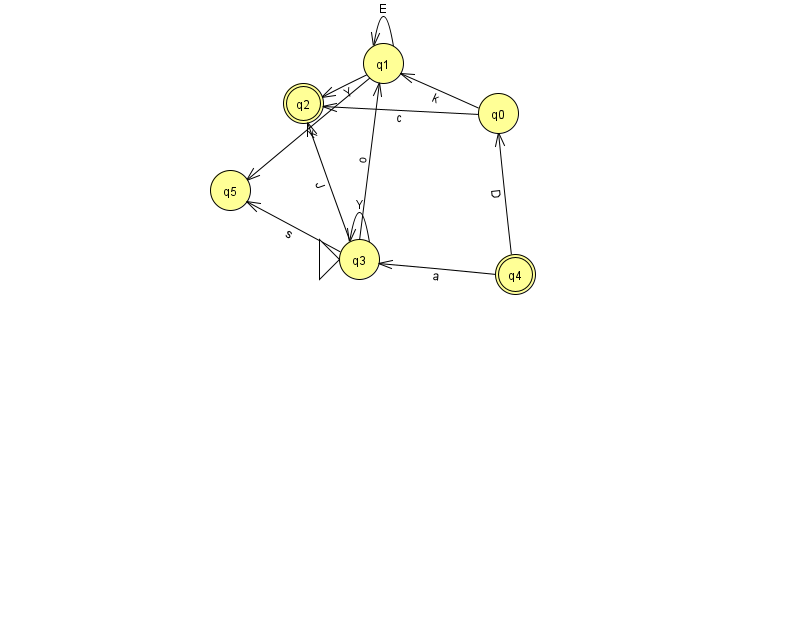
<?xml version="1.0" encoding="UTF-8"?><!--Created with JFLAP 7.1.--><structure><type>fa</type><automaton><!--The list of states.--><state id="0" name="q0"><x>498.0</x><y>100.0</y></state><state id="1" name="q1"><x>383.0</x><y>50.0</y></state><state id="2" name="q2"><x>303.0</x><y>90.0</y><final/></state><state id="3" name="q3"><x>359.0</x><y>246.0</y><initial/></state><state id="4" name="q4"><x>515.0</x><y>261.0</y><final/></state><state id="5" name="q5"><x>230.0</x><y>177.0</y></state><!--The list of transitions.--><transition><from>3</from><to>2</to><read>J</read></transition><transition><from>3</from><to>5</to><read>s</read></transition><transition><from>1</from><to>1</to><read>E</read></transition><transition><from>1</from><to>2</to><read>Y</read></transition><transition><from>3</from><to>1</to><read>o</read></transition><transition><from>4</from><to>0</to><read>D</read></transition><transition><from>4</from><to>3</to><read>a</read></transition><transition><from>0</from><to>1</to><read>k</read></transition><transition><from>3</from><to>3</to><read>Y</read></transition><transition><from>0</from><to>2</to><read>c</read></transition><transition><from>1</from><to>5</to><read>k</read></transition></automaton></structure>